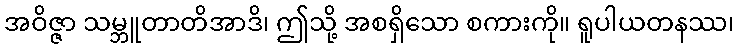
အဝိဇ္ဇာ သမ္ဘူတာတိအာဒိ၊ ဤသို့ အစရှိသော စကားကို။ ရူပါယတနဿ၊